Leningradi_Edasi_toimetus, lk 68
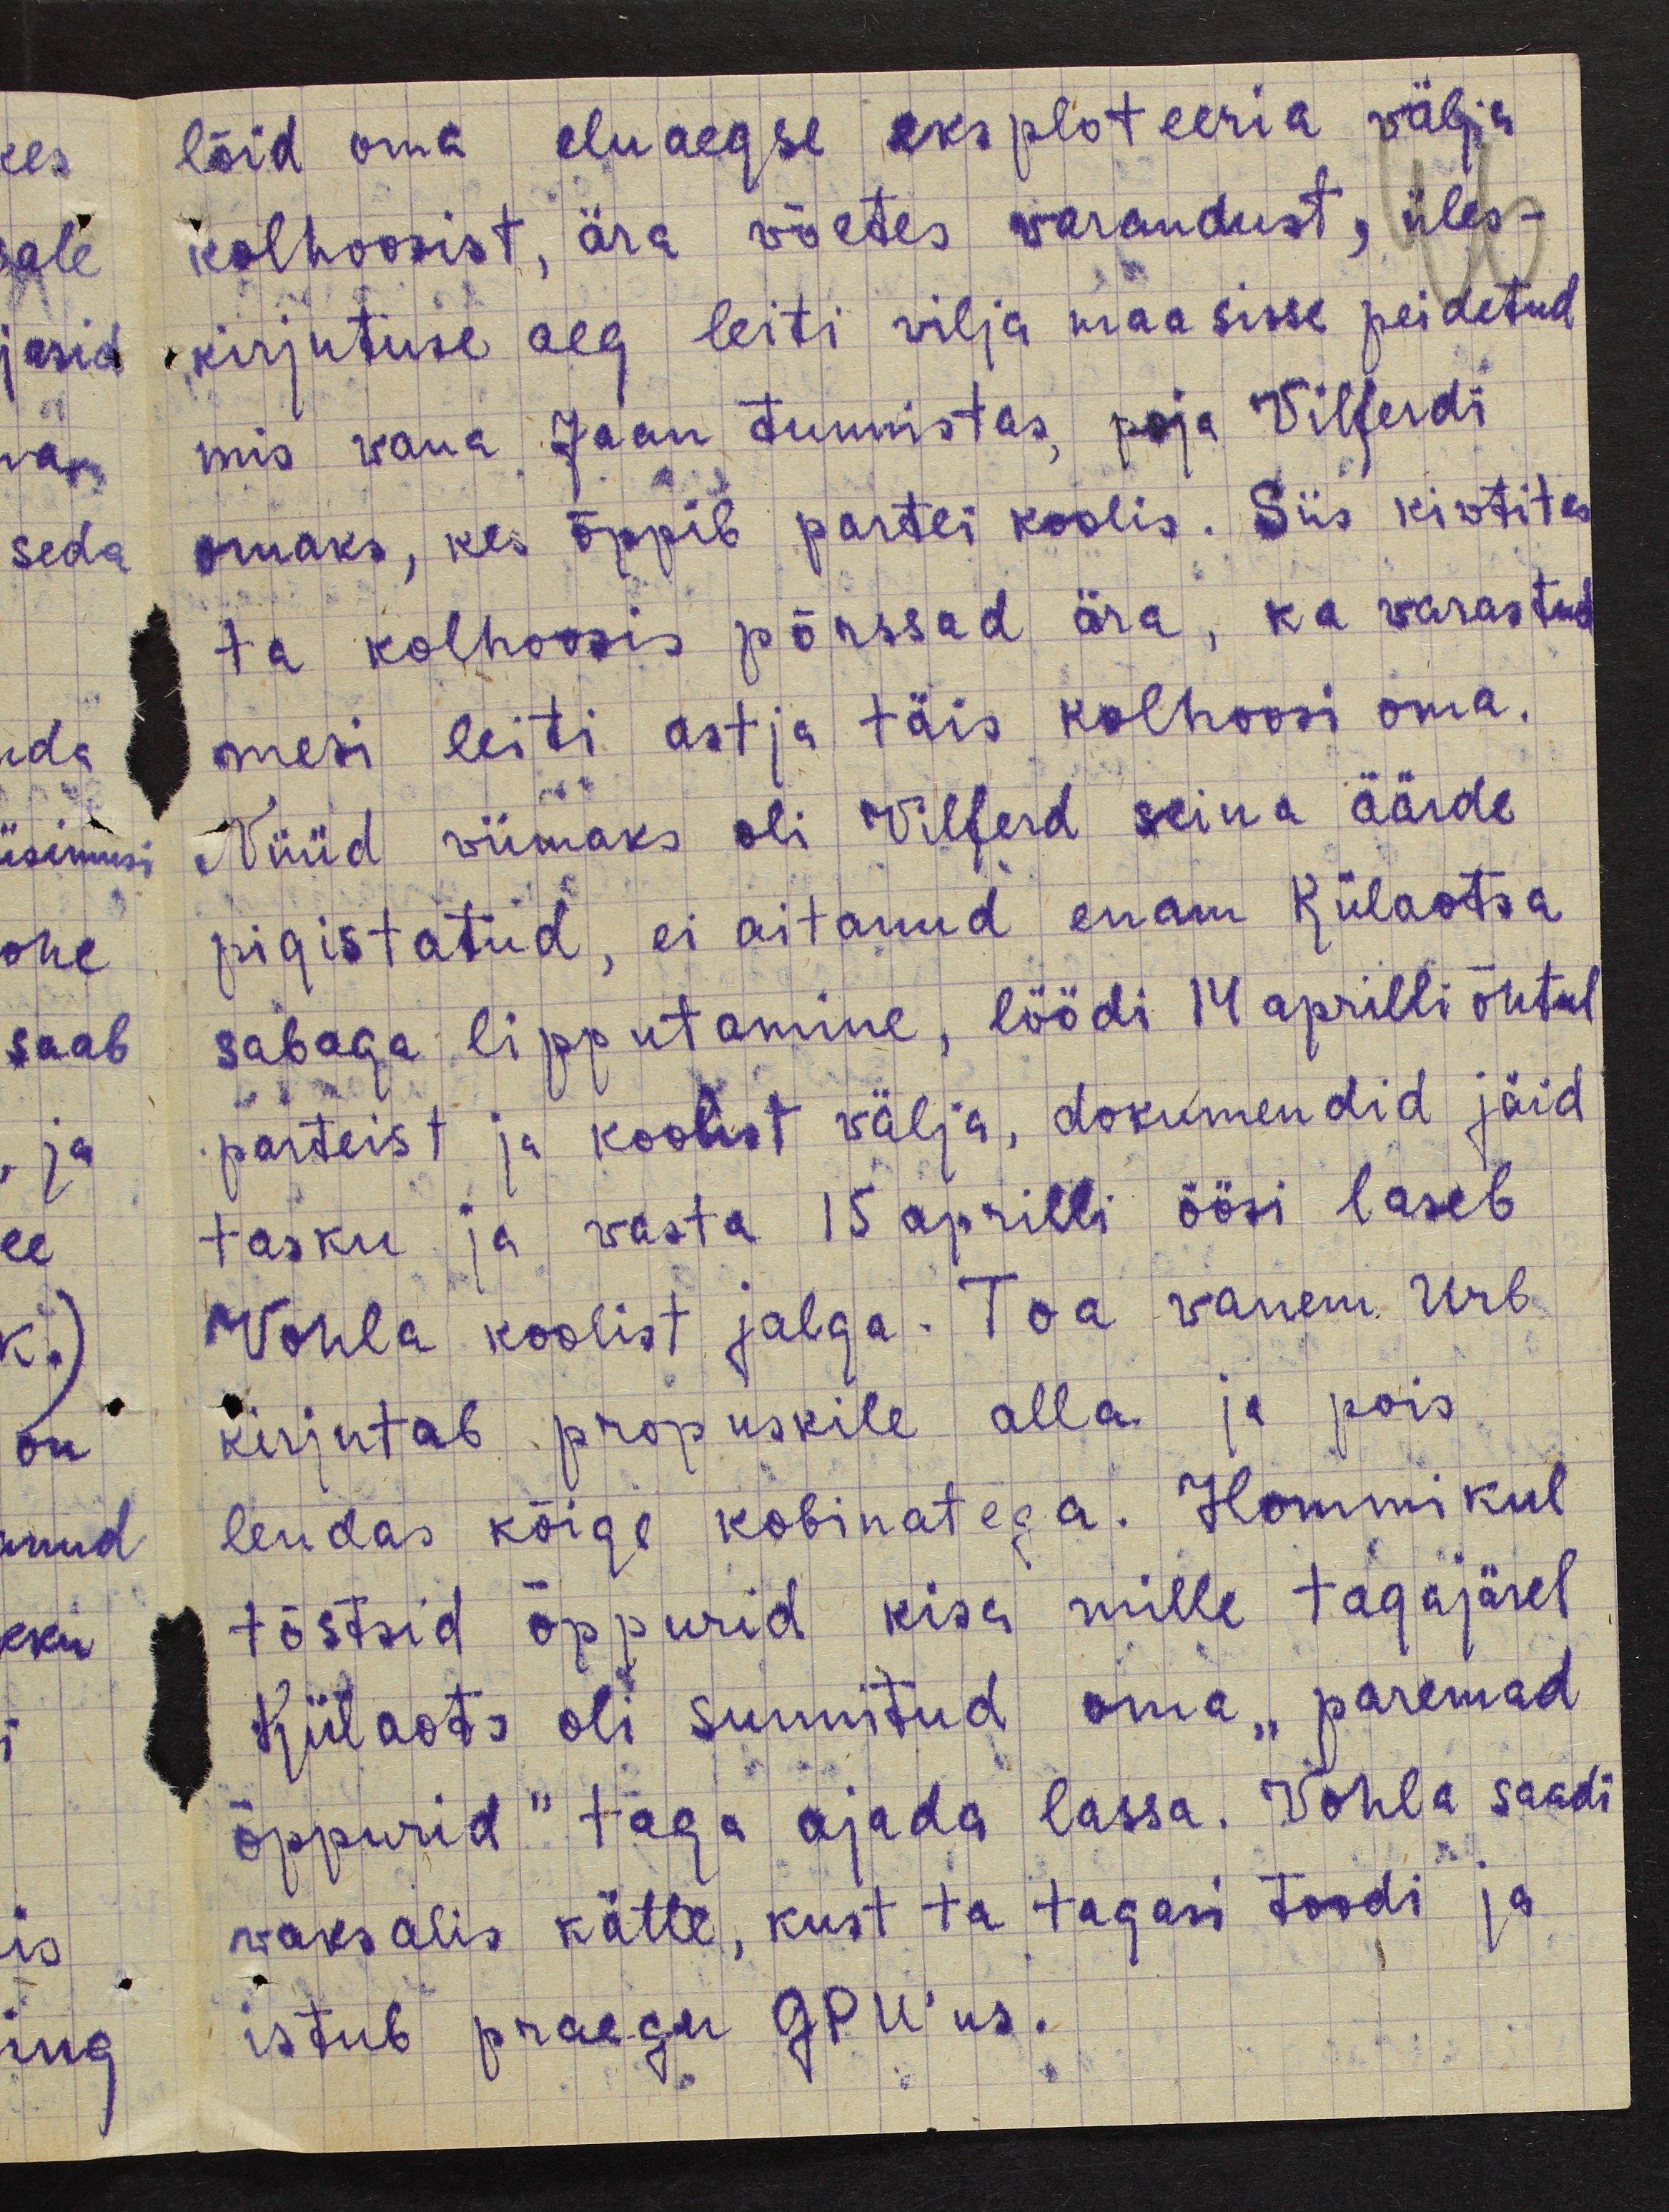
lõid oma eluaegse eksploteeria välja
kolhoosist, ära võetes varandust, üles-
kirjutuse aeg leiti vilja maa sisse peidetud
mis vana Jaan tunnistas, poja Vilferdi
omaks, kes õppib partei koolis. Siis kivtitas
ta kolhoosis põrssad ära, ka varastud
mesi leiti astja täis kolhoosi oma.
Nüüd viimaks oli Vilferd seina äärde
pigistatud, ei aitanud enam Külaotsa
sabaga lipputamine, löödi 14 aprilli õhtul
parteist ja koolist välja, dokumendid jäid
tasku ja vasta 15 aprilli öösi laseb
Vohla koolist jalga. Toa vanem Urb
kirjutab propuskile alla ja pois
lendas kõige kobinatega. Hommikul
tõstsid õppurid kisa mille tagajärel
Külaots oli sunnitud oma "paremad
õppurid" taga ajada lassa. Vohla saadi
vaksalis kätte, kust ta tagasi toodi ja
istub praegu GPU´us.